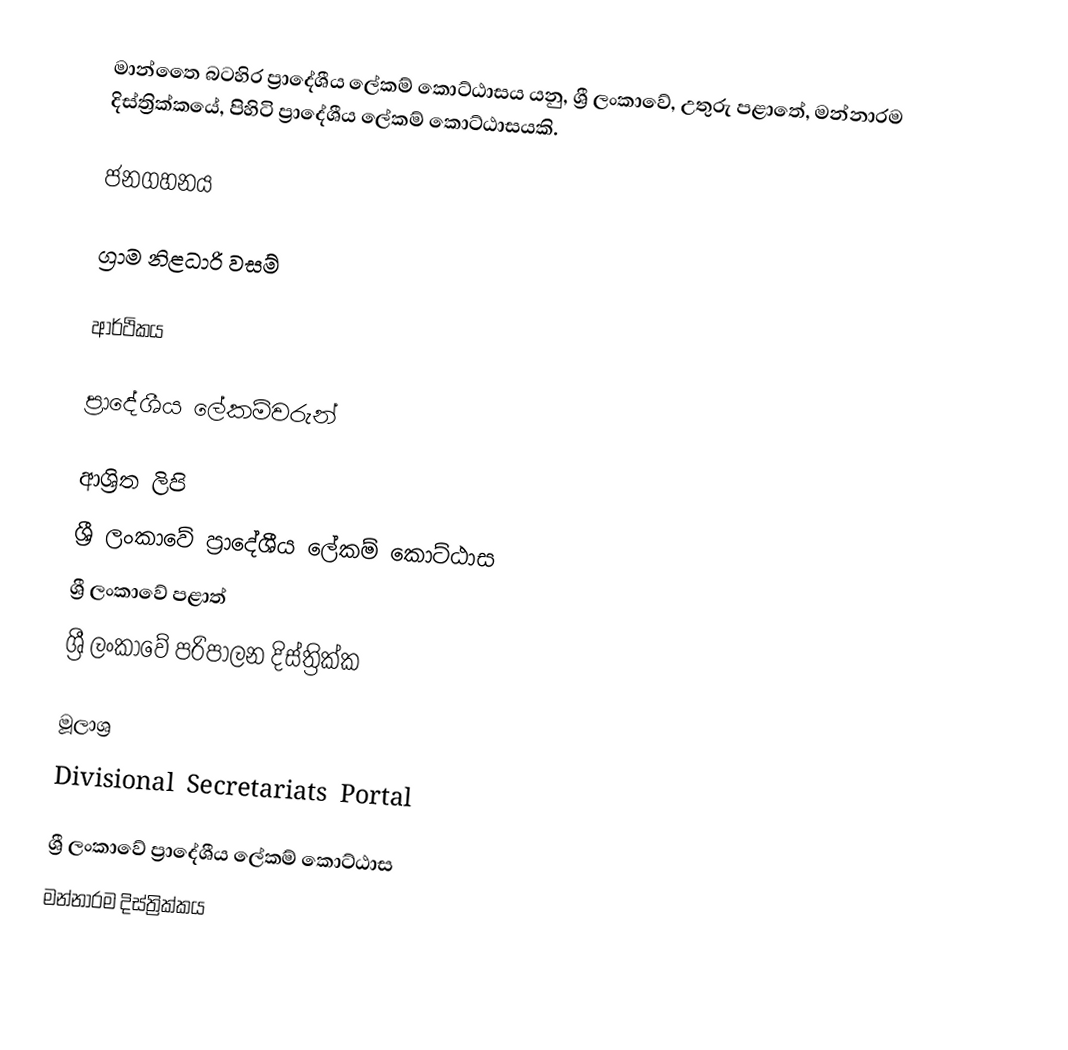
මාන්තෛ බටහිර ප්‍රාදේශීය ලේකම් කොට්ඨාසය යනු,  ශ්‍රී ලංකාවේ, උතුරු පළාතේ,   මන්නාරම දිස්ත්‍රික්කයේ, පිහිටි ප්‍රාදේශීය ලේකම් කොට්ඨාසයකි.

ජනගහනය

ග්‍රාම නිළධාරි වසම්

ආර්ථිකය

ප්‍රාදේශීය ලේකම්වරුන්

ආශ්‍රිත ලිපි
ශ්‍රී ලංකාවේ ප්‍රාදේශීය ලේකම් කොට්ඨාස
ශ්‍රී ලංකාවේ පළාත්
ශ්‍රී ලංකාවේ පරිපාලන දිස්ත්‍රික්ක

මූලාශ්‍ර
 Divisional Secretariats Portal

ශ්‍රී ලංකාවේ ප්‍රාදේශීය ලේකම් කොට්ඨාස
මන්නාරම දිස්ත්‍රික්කය